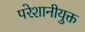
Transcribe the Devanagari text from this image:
परेशानीयुक्त